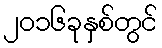
၂၀၁၆ခုနှစ်တွင်